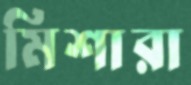
মিশারা